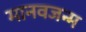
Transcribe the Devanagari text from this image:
मानवजन्म